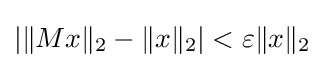
|\|Mx\|_{2}-\|x\|_{2}|<\varepsilon \|x\|_{2}